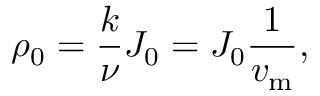
\rho _ { 0 } = \frac { k } { \nu } J _ { 0 } = J _ { 0 } \frac { 1 } { v _ { \mathrm { { m } } } } ,